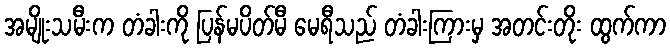
အမျိုးသမီးက တံခါးကို ပြန်မပိတ်မီ မေရီသည် တံခါးကြားမှ အတင်းတိုး ထွက်ကာ